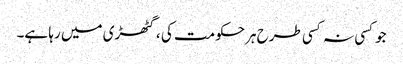
جوکسی نہ کسی طرح ہرحکومت کی ، گٹھڑی میں رہا ہے۔